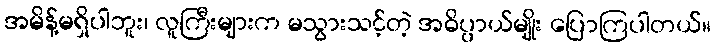
အမိန့်မရှိပါဘူး၊ လူကြီးများက မသွားသင့်တဲ့ အဓိပ္ပာယ်မျိုး ပြောကြပါတယ်။